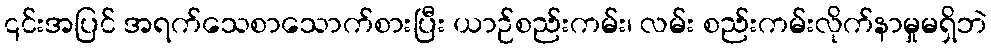
၎င်းအပြင် အရက်သေစာသောက်စားပြီး ယာဉ်စည်းကမ်း၊ လမ်း စည်းကမ်းလိုက်နာမှုမရှိဘဲ